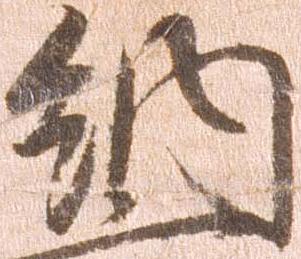
納